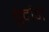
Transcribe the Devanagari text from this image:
बुर्दोने